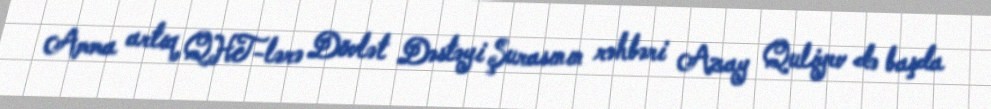
Amma artıq QHT-lərə Dövlət Dəstəyi Şurasının rəhbəri Azay Quliyev də başda